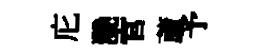
庀灧官蘆予